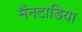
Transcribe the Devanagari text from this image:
मैंनटाडिया